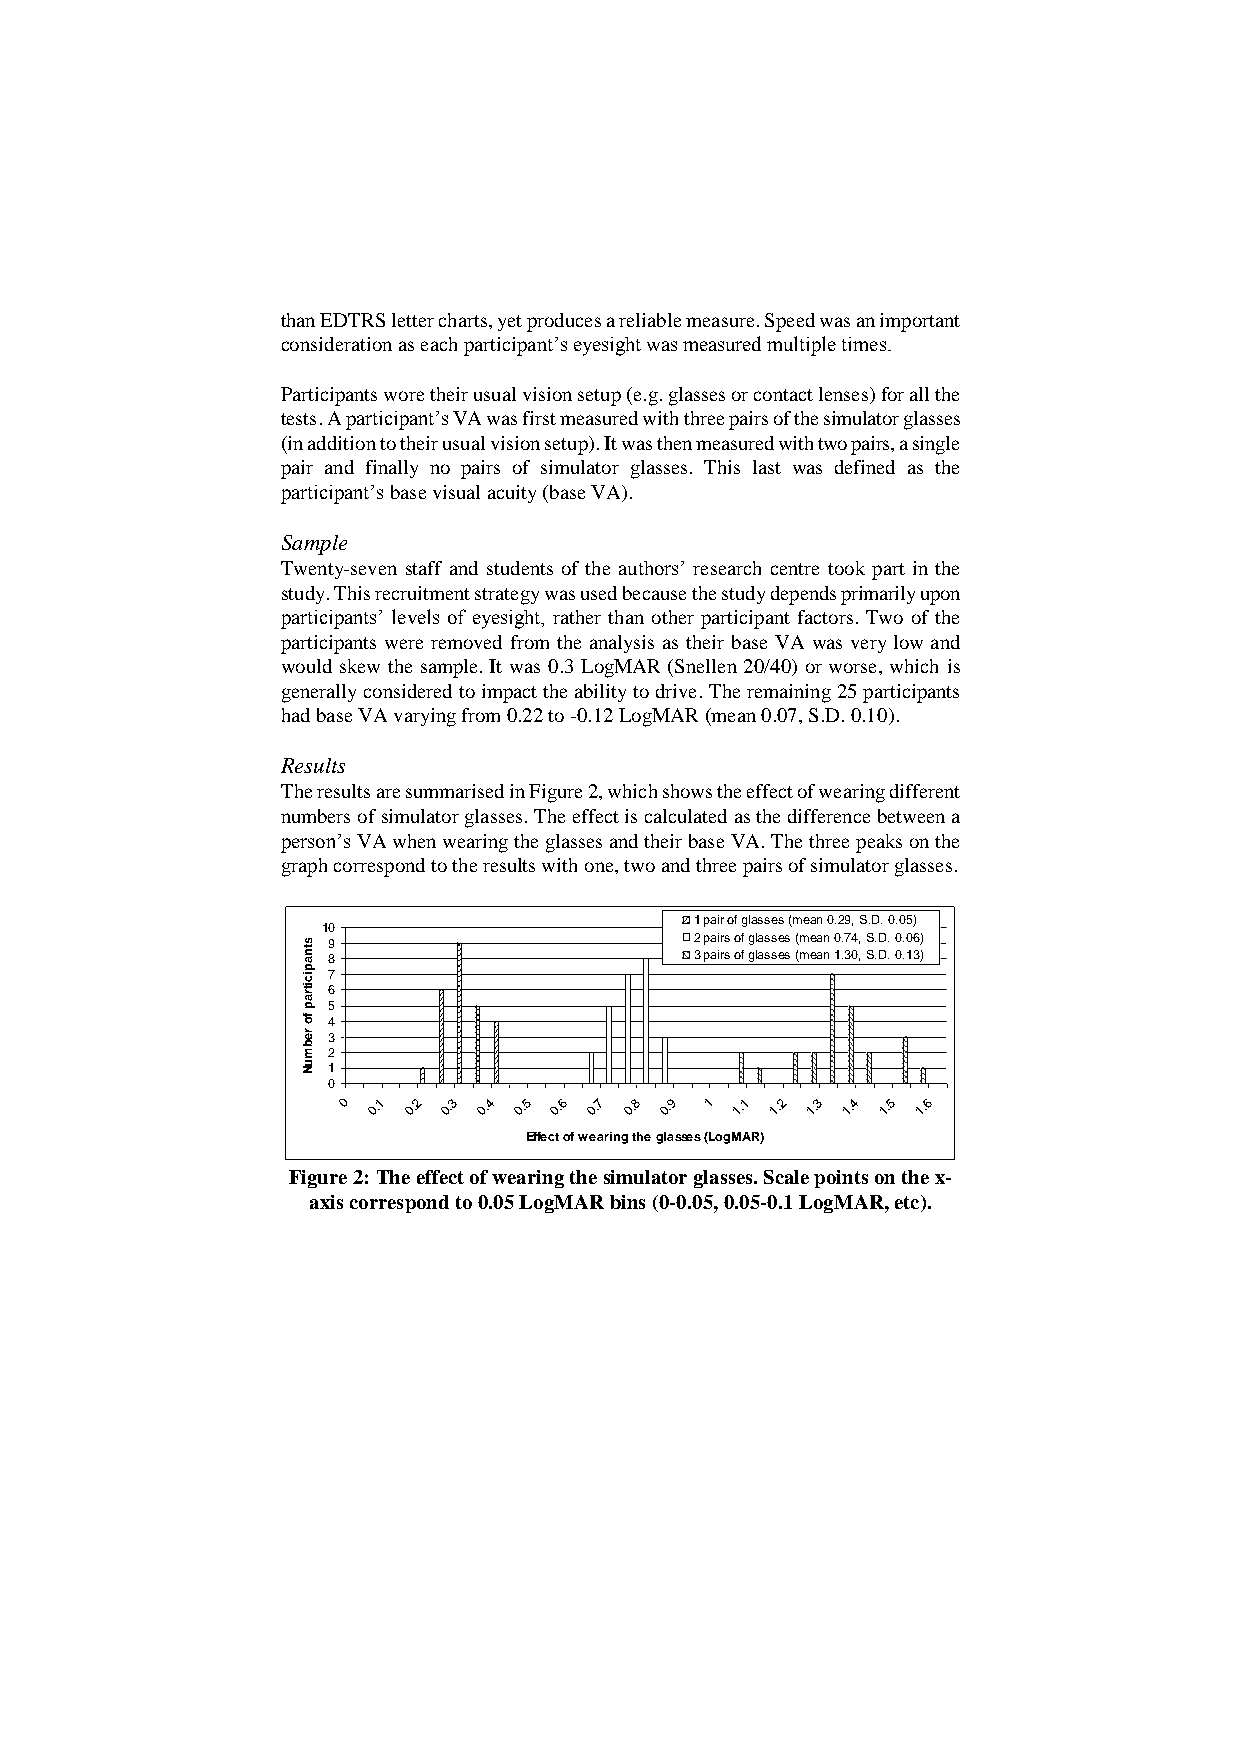
than EDTRS letter charts, yet produces a reliable measure. Speed was an important
 consideration as each participant’s eyesight was measured multiple times.
 Participants wore their usual vision setup (e.g. glasses or contact lenses) for all the
 tests. A participant’s VA was first measured with three pairs of the simulator glasses
 (in addition to their usual vision setup). It was then measured with two pairs, a single
 pair and finally no pairs of simulator glasses. This last was defined as the
 participant’s base visual acuity (base VA).
 Sample
 Twenty-seven staff and students of the authors’ research centre took part in the
 study. This recruitment strategy was used because the study depends primarily upon
 participants’ levels of eyesight, rather than other participant factors. Two of the
 participants were removed from the analysis as their base VA was very low and
 would skew the sample. It was 0.3 LogMAR (Snellen 20/40) or worse, which is
 generally considered to impact the ability to drive. The remaining 25 participants
 had base VA varying from 0.22 to -0.12 LogMAR (mean 0.07, S.D. 0.10).
 Results
 The results are summarised in Figure 2, which shows the effect of wearing different
 numbers of simulator glasses. The effect is calculated as the difference between a
 person’s VA when wearing the glasses and their base VA. The three peaks on the
 graph correspond to the results with one, two and three pairs of simulator glasses.
 1 pair of glasses (mean 0.29, S.D. 0.05)
 10
 s 9                       2 pairs of glasses (mean 0.74, S.D. 0.06)
 tn a 8                    3 pairs of glasses (mean 1.30, S.D. 0.13)
 p ic 7
 itra 6
 p 5
 fo 4
 re 3
 b
 m 2
 u N 1
 0
 0 0.1 0.2 0.3 0.4 0.5 0.6 0.7 0.8 0.9 1 1.1 1.2 1.3 1.4 1.5 1.6
 Effect of wearing the glasses (LogMAR)
 Figure 2: The effect of wearing the simulator glasses. Scale points on the x-
 axis correspond to 0.05 LogMAR bins (0-0.05, 0.05-0.1 LogMAR, etc).